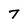
Character: 7